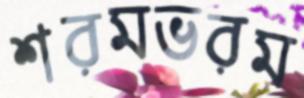
শরমভরম